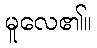
မူလေ၏။